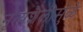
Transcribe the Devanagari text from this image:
नृत्यशैलीमुळे